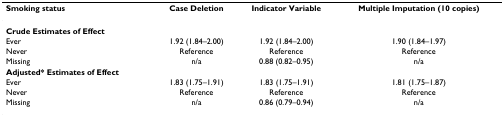
<table><thead><tr><td><b>Smoking status</b></td><td><b>Case Deletion</b></td><td><b>Indicator Variable</b></td><td><b>Multiple Imputation (10 copies)</b></td></tr></thead><tbody><tr><td><b>Crude Estimates of Effect</b></td></tr><tr><td>Ever</td><td>1.92 (1.84–2.00)</td><td>1.92 (1.84–2.00)</td><td>1.90 (1.84–1.97)</td></tr><tr><td>Never</td><td>Reference</td><td>Reference</td><td>Reference</td></tr><tr><td>Missing</td><td>n/a</td><td>0.88 (0.82–0.95)</td><td>n/a</td></tr><tr><td><b>Adjusted* Estimates of Effect</b></td></tr><tr><td>Ever</td><td>1.83 (1.75–1.91)</td><td>1.83 (1.75–1.91)</td><td>1.81 (1.75–1.87)</td></tr><tr><td>Never</td><td>Reference</td><td>Reference</td><td>Reference</td></tr><tr><td>Missing</td><td>n/a</td><td>0.86 (0.79–0.94)</td><td>n/a</td></tr></tbody></table>